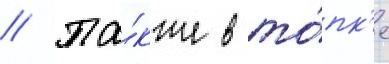
// Та́кже в то́пк'е